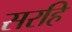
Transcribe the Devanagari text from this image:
सरहि